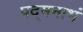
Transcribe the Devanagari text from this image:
पद्‌मनाभं